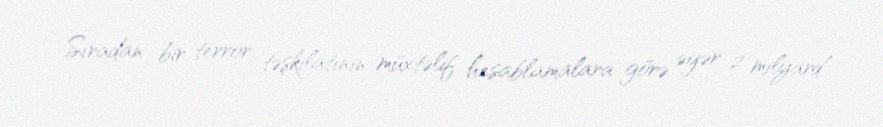
Sıradan bir terror təşkilatının müxtəlif hesablamalara görə əgər 2 milyard